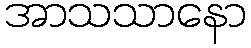
အာသသာနော